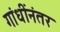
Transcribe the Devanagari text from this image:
गांधींनंतर